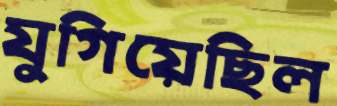
যুগিয়েছিল